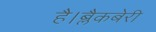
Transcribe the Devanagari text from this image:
है।ब्लैकबेरी